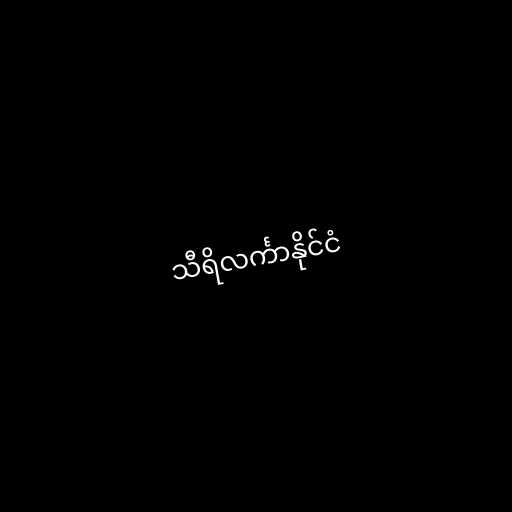
သီရိလင်္ကာနိုင်ငံ